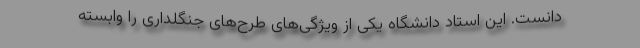
دانست. این استاد دانشگاه یکی از ویژگی‌های طرح‌های جنگلداری را وابسته